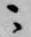
ニ